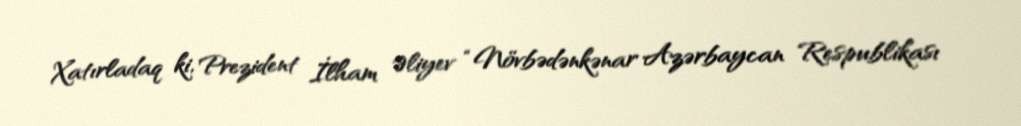
Xatırladaq ki, Prezident İlham Əliyev “Növbədənkənar Azərbaycan Respublikası